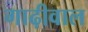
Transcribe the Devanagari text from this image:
गाढ़ीवाल